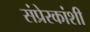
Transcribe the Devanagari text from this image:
संप्रेरकांशी